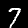
Label: 7